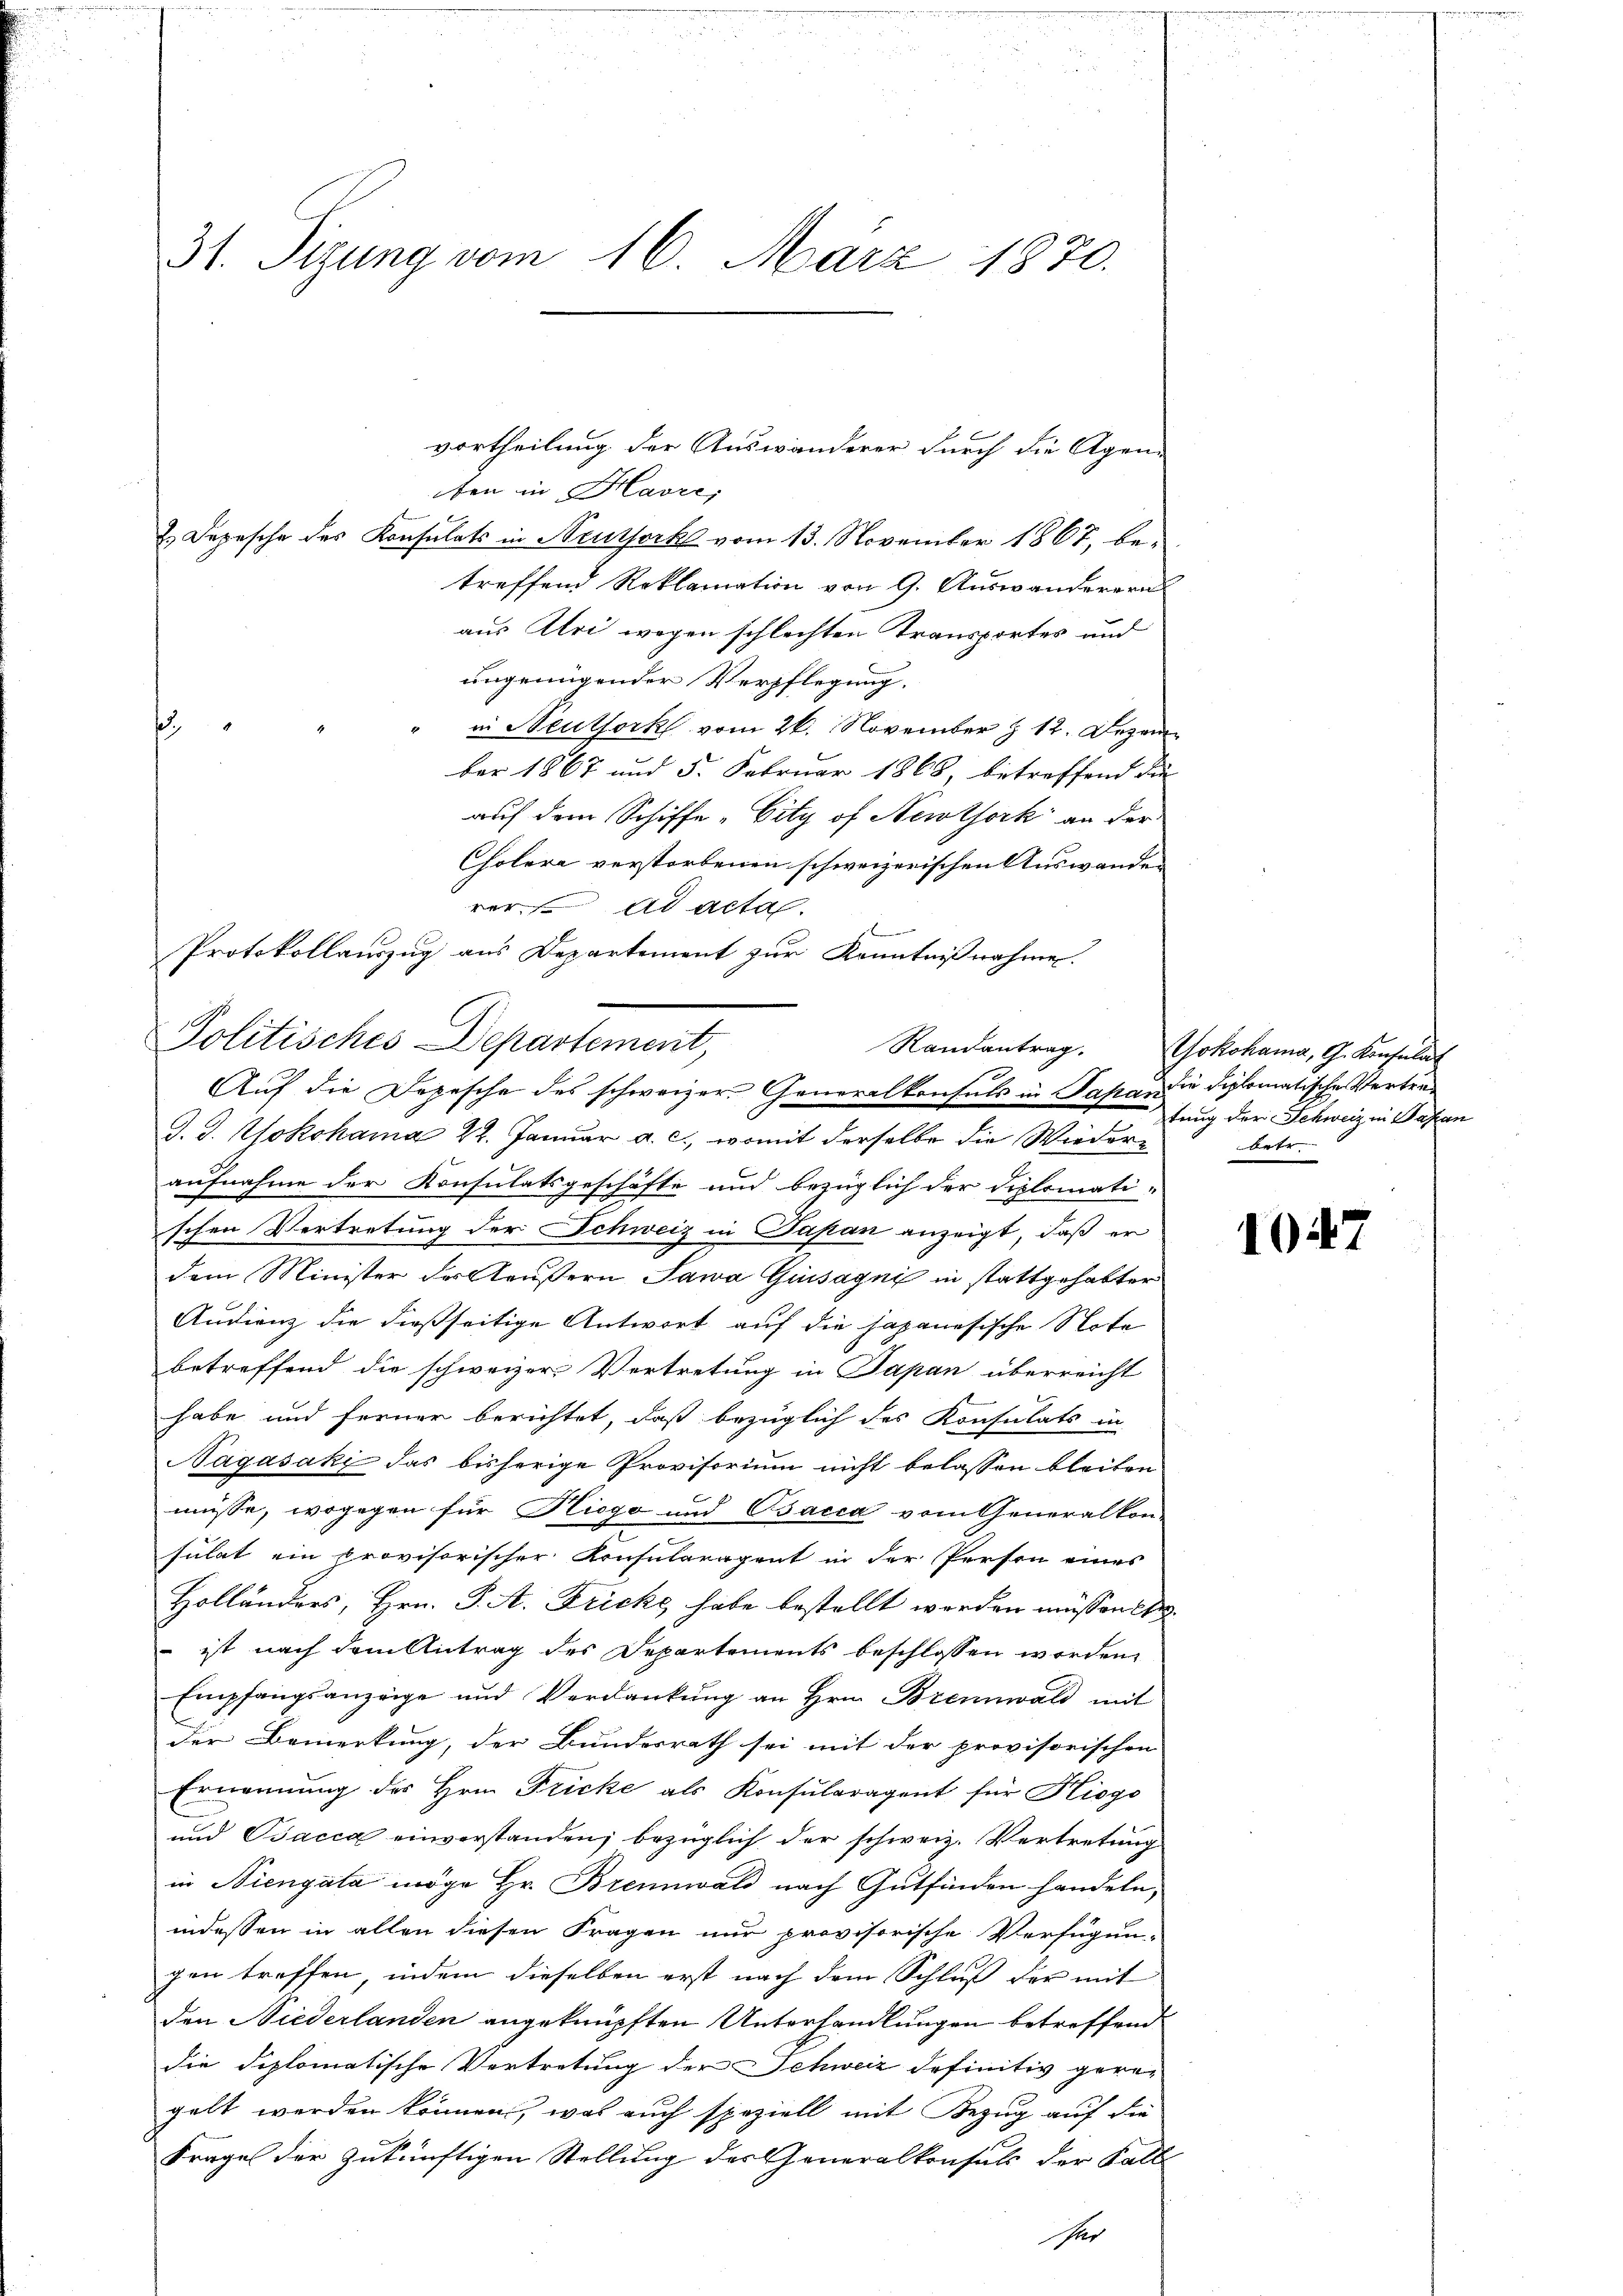
31. Sizung vom 16. März 1830.

ben in Havre,
2. Depesche des Konsulats in Neutserke vom 13. November 1867, betreffend Reklamation von 9. Auswanderern
aus Aloi wegen schlechten Transportes und
ungenügender Verpflegung.
" in Meutfork vom 26. November z 12. Dezem
ber 1867 und 5. Februar 1868, betreffend die
auf dem Schiffe „City of Newtork an der
Cholera verstorbenen schweizerischen Auswander
rer ad acta.
aufnahme der Konsulatsgeschäfte und bezüglich der Diplomati-
schen Vertretung der Schweiz in Papan anzeigt, daß er
dem Minister der Aeußern Sawa Guiságni in stattgehabter
Audienz die dießseitige Antwort auf die Japanesische Note
betreffend die schweizer Vertretung in Papan überreicht
habe und ferner berichtet, daß bezüglich des Konsulats in
Nagasaki das bisherige Provisorium nicht belassen bleiben
müsse, wogegen für Hiogo und Bacca vom Generalkon-
sulat ein provisorischer Konsularagent in der Person eines
Holländers, Hrn. P. A. Fricke habe bestellt werden müssen be
ist nach dem Antrag des Departements beschlossen worden,
Empfangsanzeige und Verdankung an Hrn. Brennwald mit
der Bemerkung, der Bundesrath sei mit der provisorischen
Ernennung des Hrn. Fricke als Konsularagent für Hiogo
und Bacca einverstanden; bezüglich der schweiz. Vertretung
in Niengata möge Hr. Brennwald nach Gutfinden handeln,
indessen in allen diesen Fragen nur provisorische Verfügun-
gen treffen, indem dieselben erst nach dem Schluß der mit
den Niederlanden angeknüpften Unterhandlungen betreffend
die diplomatische Vertretung der Schweiz definitiv gern-
gelt werden können, was auch speziell mit Bezug auf die
Frages der zukünftigen Stellung der Generalkonsuls der Fall

.

vortheilung der Auswanderer durch die Agen-

Protokollauszug aus Departement zur Kenntnißnahme.
Politisches Departement,
Auf die Depesche des schweizer Generalkonsuls in Papan die diplomatische Vertre¬
J. J. Yokohama 24. Januar a. c., womit derselbe die Wieder¬

Randantrag. Yokohama, G. Konsulat
tung der Schweiz in Wasan
betr.

1047